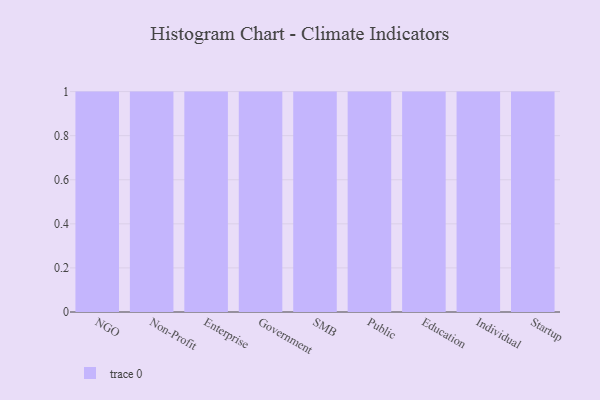
{"axis": {"x": "Segment", "y": "Waste Production (Tons)"}, "legend": [""], "data": [{"x": "NGO", "y": 52, "type": ""}, {"x": "Non-Profit", "y": 91, "type": ""}, {"x": "Enterprise", "y": 80, "type": ""}, {"x": "Government", "y": 72, "type": ""}, {"x": "SMB", "y": 50, "type": ""}, {"x": "Public", "y": 23, "type": ""}, {"x": "Education", "y": 74, "type": ""}, {"x": "Individual", "y": 21, "type": ""}, {"x": "Startup", "y": 69, "type": ""}]}